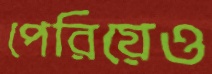
পেরিয়েও